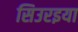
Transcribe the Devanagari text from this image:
सिउरइया